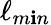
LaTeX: \ell_{m\mathbf{i}n}